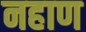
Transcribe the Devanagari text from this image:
नहाण